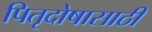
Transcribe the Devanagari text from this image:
पितृदोषासाठी